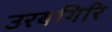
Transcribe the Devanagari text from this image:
उरयगिरि